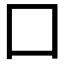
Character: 囗